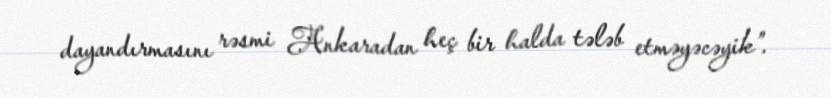
dayandırmasını rəsmi Ankaradan heç bir halda tələb etməyəcəyik”.